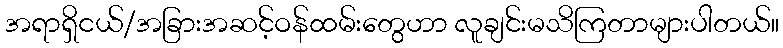
အရာရှိငယ်/အခြားအဆင့်ဝန်ထမ်းတွေဟာ လူချင်းမသိကြတာများပါတယ်။